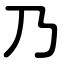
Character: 乃